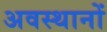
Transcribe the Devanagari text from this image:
अवस्थानों